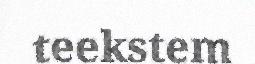
teekstem